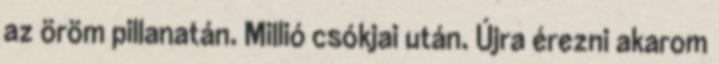
az öröm pillanatán. Millió csókjai után. Újra érezni akarom